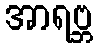
အာရဗ္ဘ